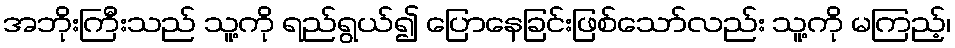
အဘိုးကြီးသည် သူ့ကို ရည်ရွယ်၍ ပြောနေခြင်းဖြစ်သော်လည်း သူ့ကို မကြည့်၊